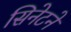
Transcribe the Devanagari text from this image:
सिनेटने